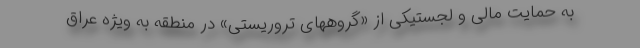
به حمایت مالی و لجستیکی از «گروههای تروریستی» در منطقه به ویژه عراق